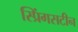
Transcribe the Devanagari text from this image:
स्प्रिंगसटीन